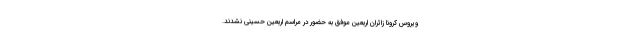
ویروس کرونا زائران اربعین موفق به حضور در مراسم اربعین حسینی نشدند.